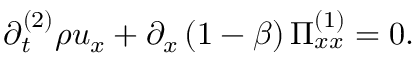
\partial _ { t } ^ { ( 2 ) } \rho u _ { x } + \partial _ { x } \left( 1 - \beta \right) \Pi _ { x x } ^ { ( 1 ) } = 0 .